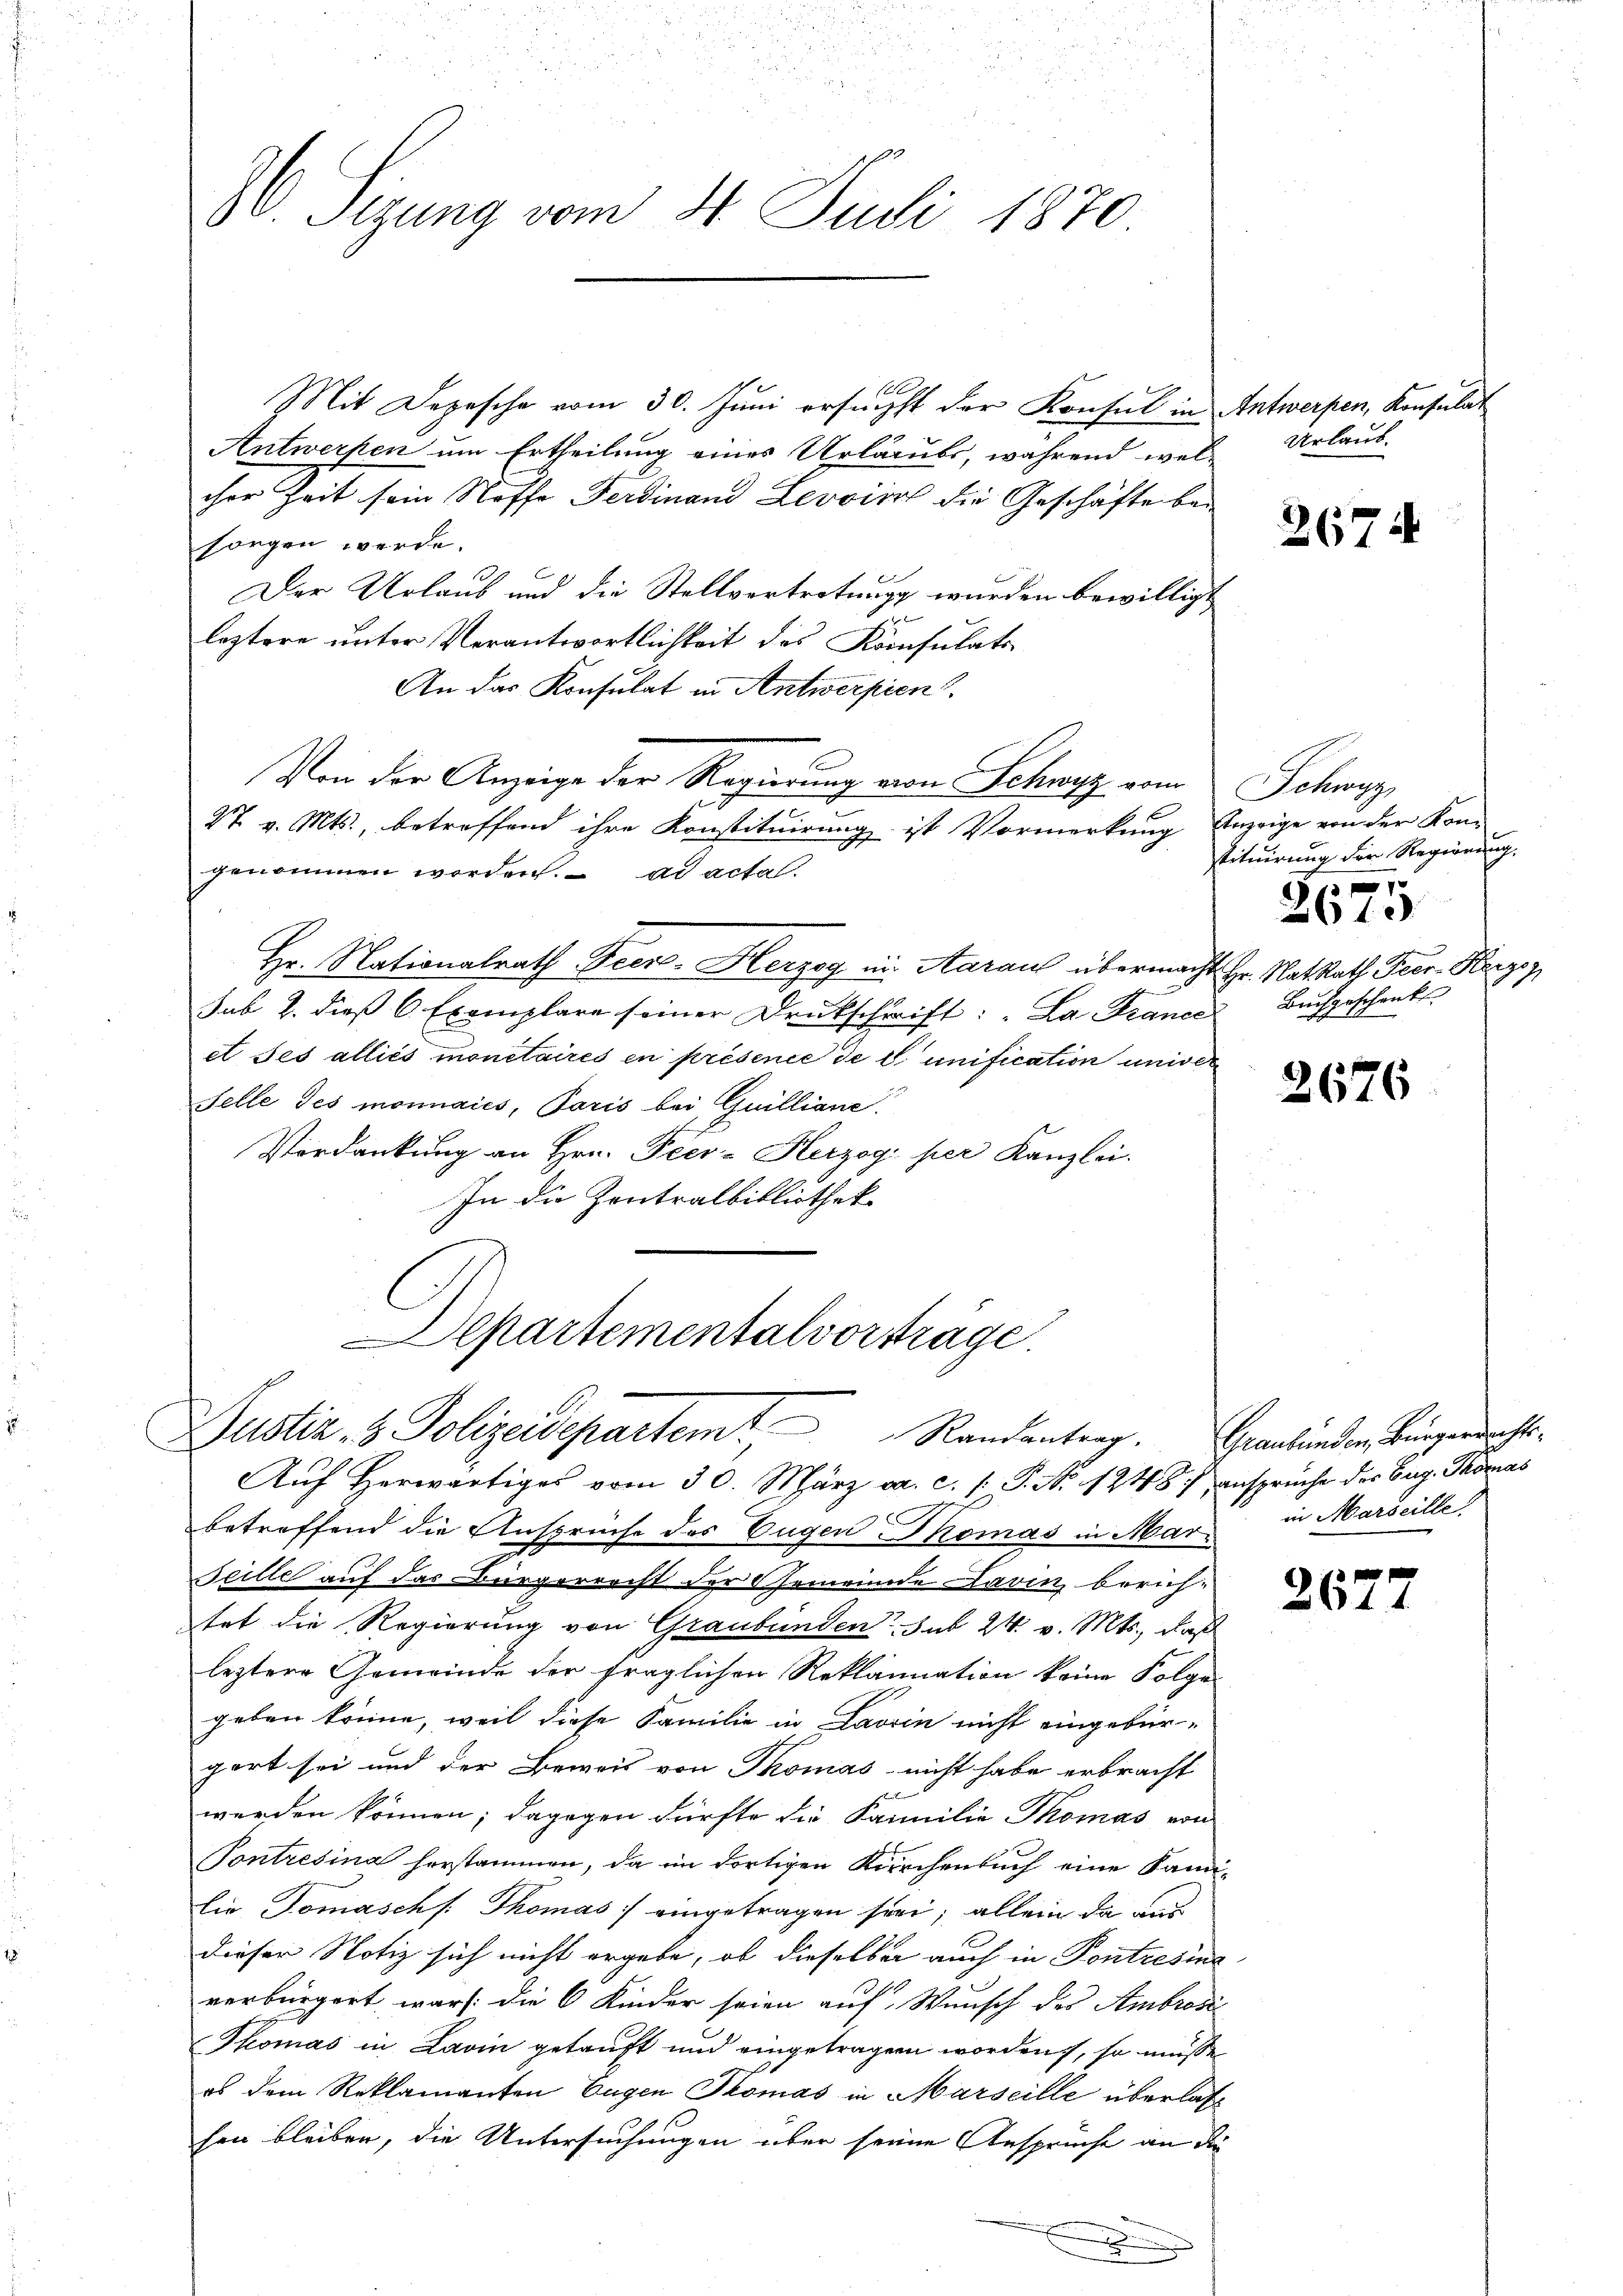
J
v. Sizung vom 31. Juli 1870.

Mit Depesche vom 30. Juni ersuchst der Konsul in
Antwerfen um Ertheilung eines Urlaubs, während wel-
cher Zeit sein Stoffe Ferdinand Levviss die Geschäfte bei
sorgen werde.
Der Urlaub und die Stellvertretung wurden bewilligt
leztere unter Verantwortlichkeit des Konsulats
An das Konsulat in Antwerpien
Von der Anzeige der Regierung von Schwyz vom
27 v. Mts., betreffend ihre Konstituirung ist Vormerkung Anzeige von der Kom
genommen worden. ad acta.
Hr. Nationalrath Feer-Herzog in Aaraus übermacht Hr. Ratsrath Peer. Herzen
sub 2. dieß 6 Exemplare seiner Druckschrift: „La France, Buchgeschenks
et ses alliés monetaires en présence de d. unification univer
Felle des monnaies, Poris bei Guilliane
Vordankung an Hrn. Peer-Herzog per Kanzlei.
In die Zentralbibliothek
Departementalvorträge.
Justiz- & Polizeidepartem Randantrag. Grankinden Bürgendrechts¬
Aŭf herwärtiges vom 30. März a. c. /: P. Nr. 1248) ansprüche des Burg. Thomas
betreffend die Ansprüche des Eugen Thomas in Mar¬
Scille auf das Bürgerrecht der Gemeinde Favin, berichtet die Regierung von Graubünden sub 24. v. Mts., daß
leztere Gemeinde der fraglichen Reklamnation keine Folge
geben könne, weil diese Familie in Laorin nicht eingebür-
gart sei und der Beweis von Thomas nicht habe erbracht
werden können; dagegen dürfte die Familie Thomas von
Pontresina herstammen, da im dortigen Kirchenbuch eine Sani-
lie Tomasch   Thomas eingetragen sei; allein da aus
dieser Notiz sich nicht ergebe, ob dieselben auch in Pontretine
verbürgert, war: die 6 Kinder seien auf Wunsch des Ambrosić
Thomas in Lavin getauft und eingetragen worden, so müsse
es dem Reklamanten Eugen Thomas in Marseille überlashen bleiben, die Untersuchungen über seine Ansprüche an die

Antwerpen, Konsulat
Urlaub.

e

2674

Schwung
stituirung der Regierung.

2610

2676

in Marseille

267